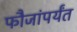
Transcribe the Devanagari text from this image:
फौजांपर्यंत